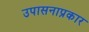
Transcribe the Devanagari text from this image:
उपासनाप्रकार